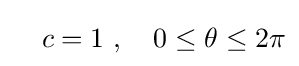
\quad c=1\ ,\quad 0\leq \theta \leq 2\pi